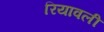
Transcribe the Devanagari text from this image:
रियावली